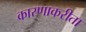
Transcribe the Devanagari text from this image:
कारणाकरीता